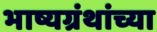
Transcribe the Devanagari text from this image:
भाष्यग्रंथांच्या